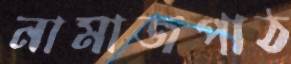
নামাজপাঠ